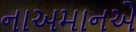
નાઅમાનએ